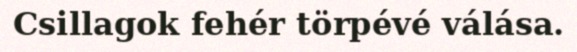
Csillagok fehér törpévé válása.